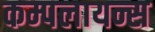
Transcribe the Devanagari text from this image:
कम्पलायन्स